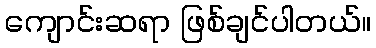
ကျောင်းဆရာ ဖြစ်ချင်ပါတယ်။